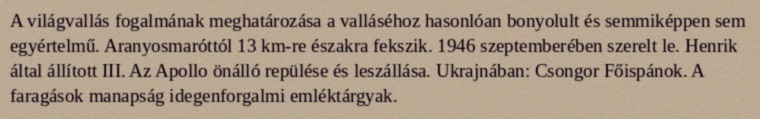
A világvallás fogalmának meghatározása a valláséhoz hasonlóan bonyolult és semmiképpen sem egyértelmű. Aranyosmaróttól 13 km-re északra fekszik. 1946 szeptemberében szerelt le. Henrik által állított III. Az Apollo önálló repülése és leszállása. Ukrajnában: Csongor Főispánok. A faragások manapság idegenforgalmi emléktárgyak.